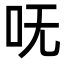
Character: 呒